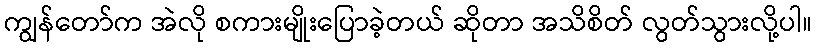
ကျွန်တော်က အဲလို စကားမျိုးပြောခဲ့တယ် ဆိုတာ အသိစိတ် လွတ်သွားလို့ပါ။